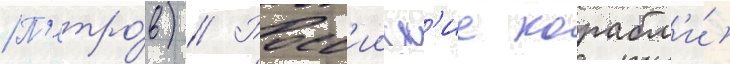
П'етро́в) // Росс'ииск'ие корабл'и́